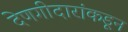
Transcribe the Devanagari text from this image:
देणगीदारांकडून